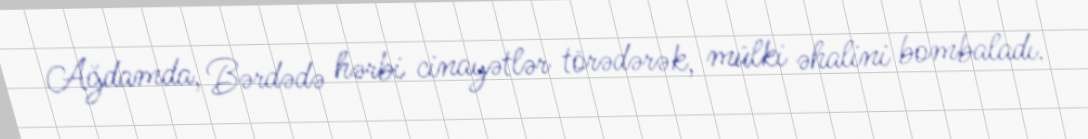
Ağdamda, Bərdədə hərbi cinayətlər törədərək, mülki əhalini bombaladı.